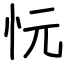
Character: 忨